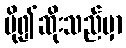
ပို၍ဆိုးသည်မှာ